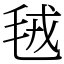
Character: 毧